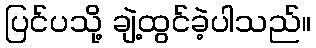
ပြင်ပသို့ ချဲ့ထွင်ခဲ့ပါသည်။